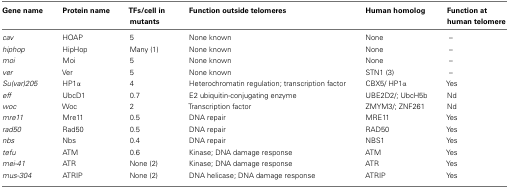
<table><thead><tr><td><b>Gene name</b></td><td><b>Protein name</b></td><td><b>TFs/cell in mutants</b></td><td><b>Function outside telomeres</b></td><td><b>Human homolog</b></td><td><b>Function at human telomere</b></td></tr></thead><tbody><tr><td><i>cav</i></td><td>HOAP</td><td>5</td><td>None known</td><td>None</td><td>–</td></tr><tr><td><i>hiphop</i></td><td>HipHop</td><td>Many (1)</td><td>None known</td><td>None</td><td>–</td></tr><tr><td><i>moi</i></td><td>Moi</td><td>5</td><td>None known</td><td>None</td><td>–</td></tr><tr><td><i>ver</i></td><td>Ver</td><td>5</td><td>None known</td><td>STN1 (3)</td><td>–</td></tr><tr><td><i>Su(var)205</i></td><td>HP1α</td><td>4</td><td>Heterochromatin regulation; transcription factor</td><td>CBX5/ HP1α</td><td>Yes</td></tr><tr><td><i>eff</i></td><td>UbcD1</td><td>0.7</td><td>E2 ubiquitin-conjugating enzyme</td><td>UBE2D2/; UbcH5b</td><td>Nd</td></tr><tr><td><i>woc</i></td><td>Woc</td><td>2</td><td>Transcription factor</td><td>ZMYM3/; ZNF261</td><td>Nd</td></tr><tr><td><i>mre11</i></td><td>Mre11</td><td>0.5</td><td>DNA repair</td><td>MRE11</td><td>Yes</td></tr><tr><td><i>rad50</i></td><td>Rad50</td><td>0.5</td><td>DNA repair</td><td>RAD50</td><td>Yes</td></tr><tr><td><i>nbs</i></td><td>Nbs</td><td>0.4</td><td>DNA repair</td><td>NBS1</td><td>Yes</td></tr><tr><td><i>tefu</i></td><td>ATM</td><td>0.6</td><td>Kinase; DNA damage response</td><td>ATM</td><td>Yes</td></tr><tr><td><i>mei-41</i></td><td>ATR</td><td>None (2)</td><td>Kinase; DNA damage response</td><td>ATR</td><td>Yes</td></tr><tr><td><i>mus-304</i></td><td>ATRIP</td><td>None (2)</td><td>DNA helicase; DNA damage response</td><td>ATRIP</td><td>Yes</td></tr></tbody></table>